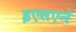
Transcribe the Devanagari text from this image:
इएसएने